Madras plague regulations in force outside the Presidency town - Volume 3
Disease focus: Plague
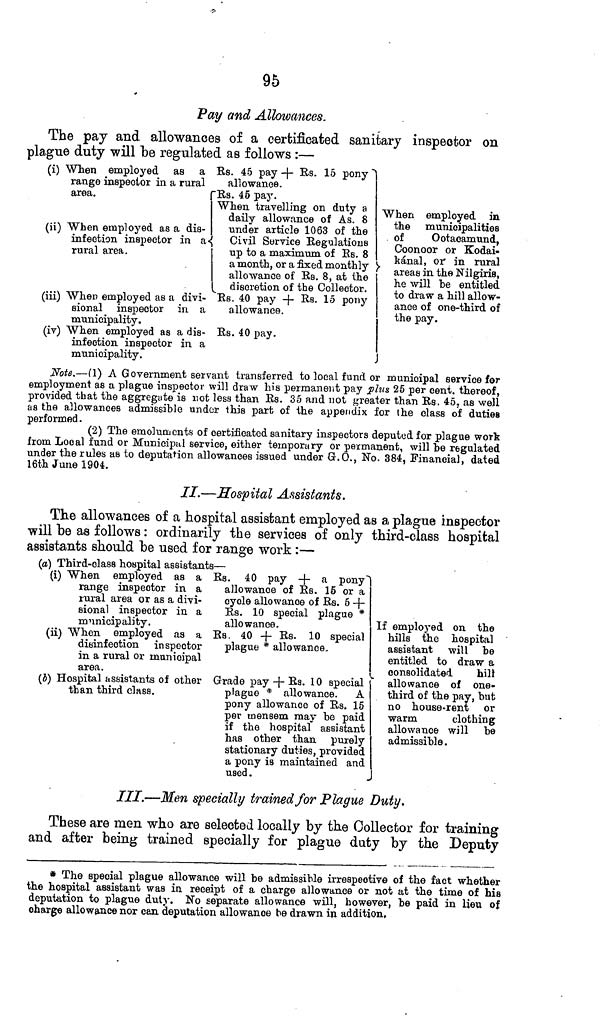
95
Pay and Allowances.
The pay and allowances of a certificated sanitary inspector on
plague duty will be regulated as follows :—
(i) When employed as a Es. 45 pay -\- Es. 15 pony
range inspector in a rural
allowance.
area.
(ii) "When employed as a dis-
infection inspector in a
rural area.
\
(iii) "When employed as a divi-
sional inspector in a
municipality.
(iv) When employed as a dis-
infection inspector in a
municipality.
'Es. 45 pay.
When travelling on duty a
daily allowance of As. 8
under article 1063 of the
Civil Service Eegulatious
up to a maximum of Es. 8
a month, or a fixed monthly
allowance of Es. 8, at the
discretion of the Collector.
Es. 40 pay -j- Es. 15 pony
allowance.
Es. 40 pay.
When employed in.
the municipalities
of
Ootacamund,
Coonoor or Kodai-
hánal, or" in rural
areas in the Nilgiria,
he will be entitled
to draw a hill allow-
ance of one-third of
the pay.
Note.—(1) A Government servant transferred to local fund • municipal service for
employment as a plague inspector will draw his permanent pay us 25 per cent, thereof,
provided that the aggregate is not less than Es. 35 and not greater than Es, 45. as well
as the allowances admissible under Ihis part of the appendix for the class of duties
performed.
(2) The emoluments of certificated sanitary inspectors deputed for plague work
from Local fund or Municipal service, either temporary or permanent, will "be regulated
under the rules as to deputation allowances issued under Gr.O., No. 384, Financial, dated
16th June 1904.
II.—Hospital Assistants.
The allowances of a hospital assistant employed as a plague inspector
will be as follows : ordinarily the services of only third-class hospital
assistants should be used for range work :—
(a) Third-class hospital assistant
(i) When employed as a
range inspector in a
rural area or as a divi-
sional inspector in a
municipality.
(ii) When employed as a
disinfection inspector
in a rural or municipal
area,
(i) Hospital assistants of other
than third class.
8 —
Es. 40 pay -)- a pony"
allowance of Es. 16 or a
cycle allowance of Es. 5 -}-
Es. 10 special plague *
allowance.
Es. 40 -{- Rs - 10 special
plague * allowance.
Grade pay -j- Es. 10 special
plague * allowance. A
pony allowance of Es. 15
per mensem may be paid
if the hospital assistant
has other than purely
stationary duties, provided
a pony is maintained and
used.
If employed on the
hills the hospital
assistant will be
entitled to draw a
consolidated
hill
allowance of one-
third of the pay, but
no house-rent or
warm
clothing
allowance will be
admissible .
///.—Men specially trained for Plague Duty.
These are men who are selected locally by the Collector for training
and after being trained specially for plague duty by the Deputy
* The special plague allowance will be admissible irrespective of the fact whether
the hospital assistant was in receipt of a charge allowance or not at the time of his
deputation to plague duty. No separate allowance will, however, be paid in lieu of
charge allowance nor can deputation allowance be drawn in addition.